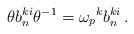
LaTeX: \begin{align*}\theta b_n^{ki}\theta^{-1}={\omega_p}^kb_n^{ki}\,.\end{align*}